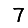
Digit: 7